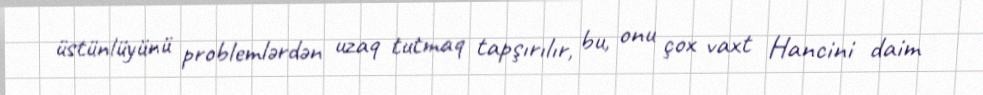
üstünlüyünü problemlərdən uzaq tutmaq tapşırılır, bu, onu çox vaxt Hancini daim